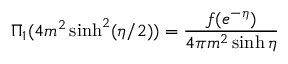
\Pi _ { 1 } ( 4 m ^ { 2 } \sinh ^ { 2 } ( \eta / 2 ) ) = { \frac { f ( e ^ { - \eta } ) } { 4 \pi m ^ { 2 } \sinh { \eta } } }